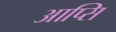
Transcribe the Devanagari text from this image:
आप्सि